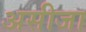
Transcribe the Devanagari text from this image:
असीजा